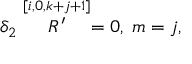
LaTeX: \delta _ { 2 } \stackrel { [ i , 0 , k + j + 1 ] } { R ^ { \prime } } = 0 , \; m = j ,